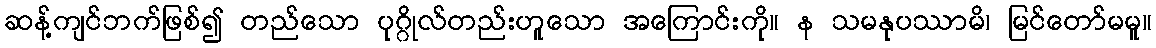
ဆန့်ကျင်ဘက်ဖြစ်၍ တည်သော ပုဂ္ဂိုလ်တည်းဟူသော အကြောင်းကို။ န သမနုပဿာမိ၊ မြင်တော်မမူ။